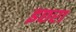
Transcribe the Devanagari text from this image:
इछरा